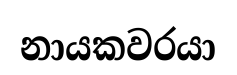
නායකවරයා